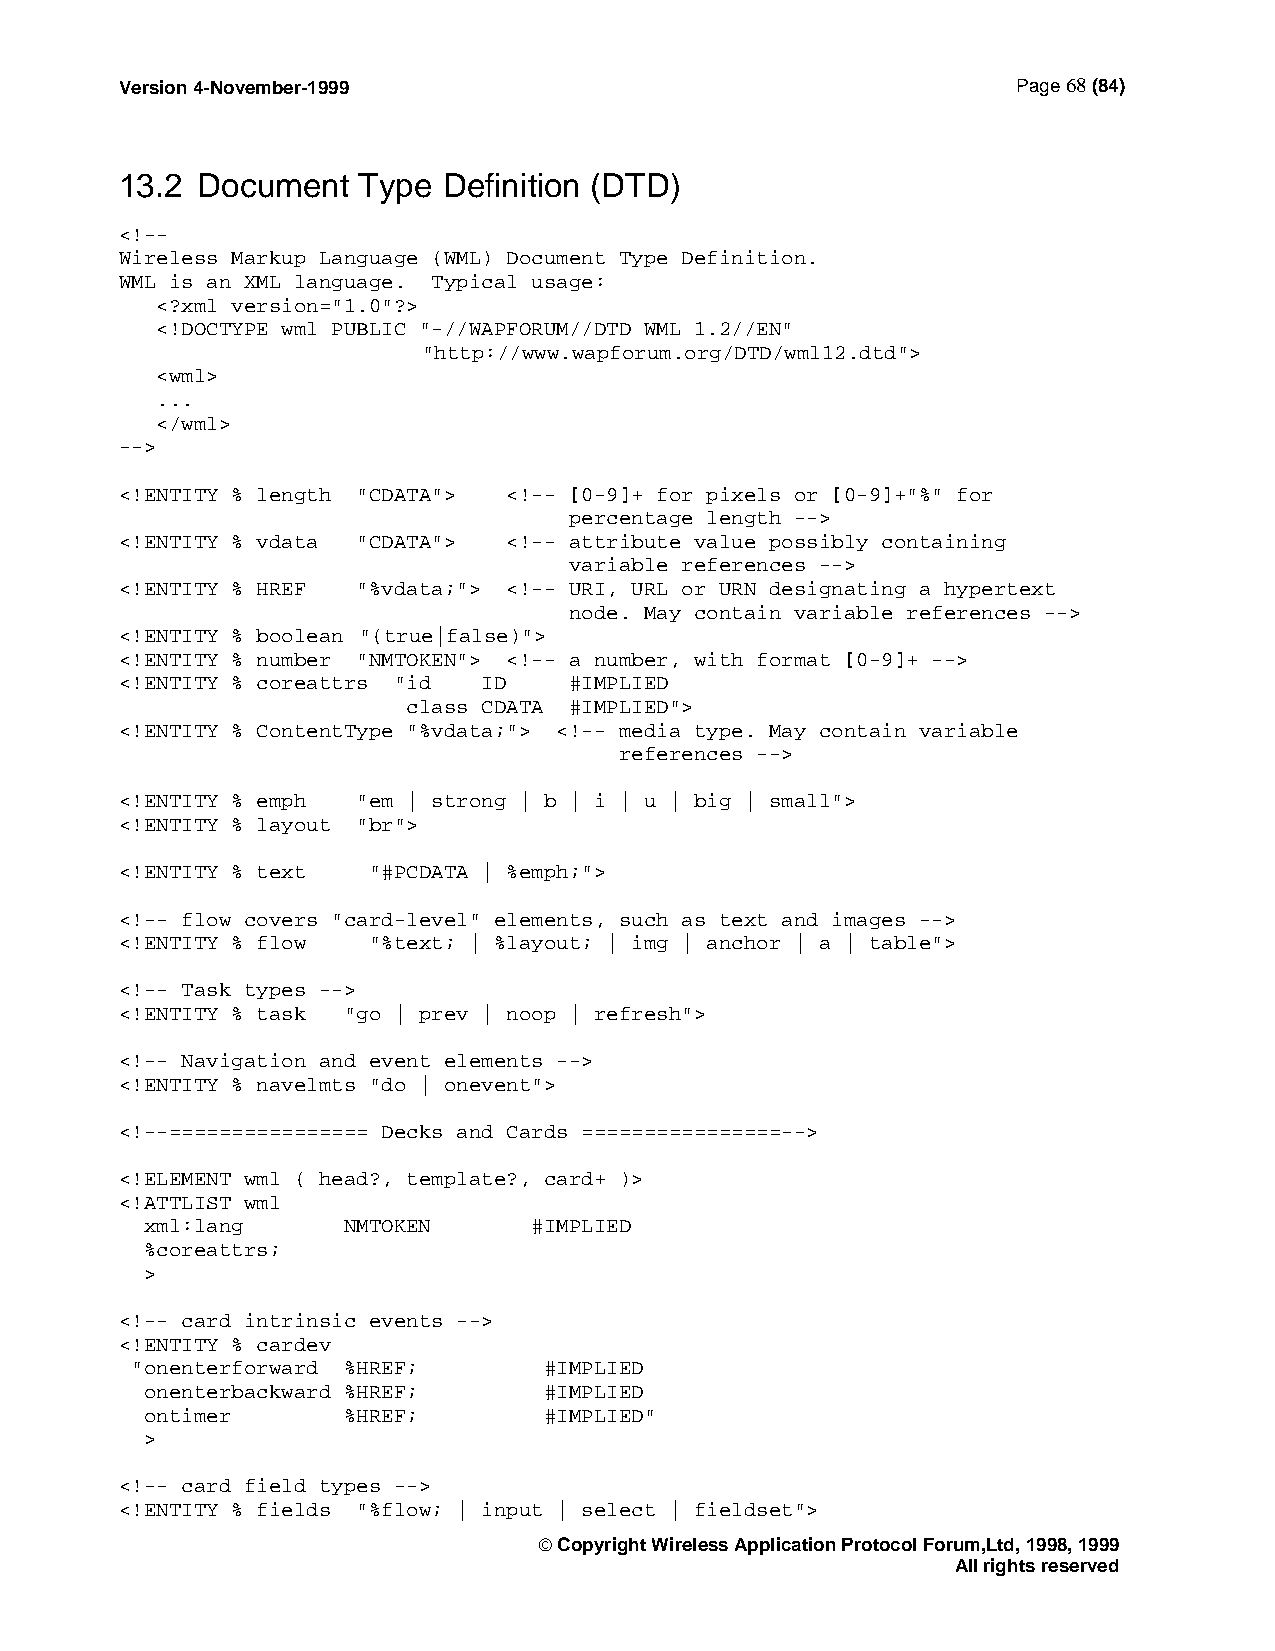
Version 4-November-1999                                    Page 68 (84)
 13.2 Document   Type Definition (DTD)
 <!--
 Wireless Markup Language (WML) Document Type Definition.
 WML is an XML language. Typical usage:
 <?xml version="1.0"?>
 <!DOCTYPE wml PUBLIC "-//WAPFORUM//DTD WML 1.2//EN"
 "http://www.wapforum.org/DTD/wml12.dtd">
 <wml>
 ...
 </wml>
 -->
 <!ENTITY % length "CDATA"> <!-- [0-9]+ for pixels or [0-9]+"%" for
 percentage length -->
 <!ENTITY % vdata "CDATA"> <!-- attribute value possibly containing
 variable references -->
 <!ENTITY % HREF "%vdata;"> <!-- URI, URL or URN designating a hypertext
 node. May contain variable references -->
 <!ENTITY % boolean "(true|false)">
 <!ENTITY % number "NMTOKEN"> <!-- a number, with format [0-9]+ -->
 <!ENTITY % coreattrs "id ID   #IMPLIED
 class CDATA #IMPLIED">
 <!ENTITY % ContentType "%vdata;"> <!-- media type. May contain variable
 references -->
 <!ENTITY % emph "em | strong | b | i | u | big | small">
 <!ENTITY % layout "br">
 <!ENTITY % text "#PCDATA | %emph;">
 <!-- flow covers "card-level" elements, such as text and images -->
 <!ENTITY % flow "%text; | %layout; | img | anchor | a | table">
 <!-- Task types -->
 <!ENTITY % task "go | prev | noop | refresh">
 <!-- Navigation and event elements -->
 <!ENTITY % navelmts "do | onevent">
 <!--================ Decks and Cards ================-->
 <!ELEMENT wml ( head?, template?, card+ )>
 <!ATTLIST wml
 xml:lang     NMTOKEN     #IMPLIED
 %coreattrs;
 >
 <!-- card intrinsic events -->
 <!ENTITY % cardev
 "onenterforward %HREF;     #IMPLIED
 onenterbackward %HREF;    #IMPLIED
 ontimer      %HREF;       #IMPLIED"
 >
 <!-- card field types -->
 <!ENTITY % fields "%flow; | input | select | fieldset">
  Copyright Wireless Application Protocol Forum,Ltd, 1998, 1999
 All rights reserved